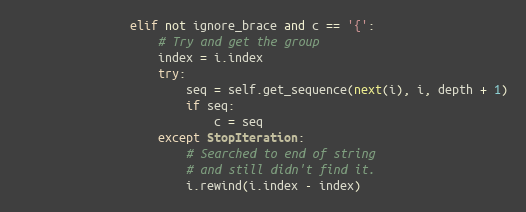
Language: Python
                elif not ignore_brace and c == '{':
                    # Try and get the group
                    index = i.index
                    try:
                        seq = self.get_sequence(next(i), i, depth + 1)
                        if seq:
                            c = seq
                    except StopIteration:
                        # Searched to end of string
                        # and still didn't find it.
                        i.rewind(i.index - index)